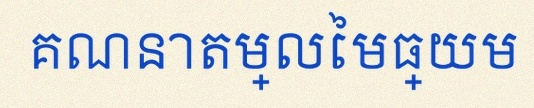
គណនាតម្លៃមធ្យម